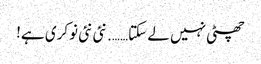
چھٹی نہیں لے سکتا……. نئی نئی نوکری ہے!